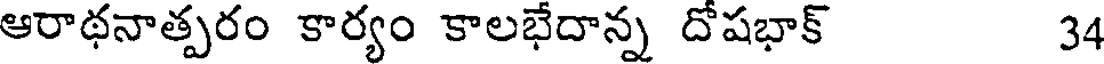
ఆరాథనాత్పరం కార్యం కాలభేదాన్న దోషభాక్ 34